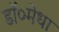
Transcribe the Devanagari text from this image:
डॉ०मेधा